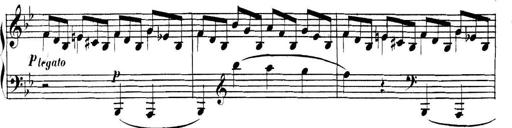
Title: Collected Piano Sonatas
Composer: Muzio Clementi